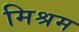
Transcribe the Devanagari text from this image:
मिश्रम